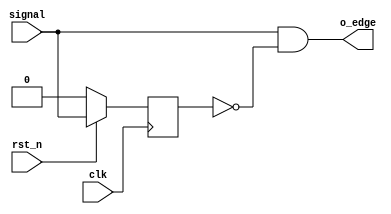
////////////////////////////////////////////////////////////////////////////////
//
// FPGAVN.COM
//
// Description  : This macro is used for detect the rising edge or falling edge 
// of a signal.
//
// History (Date, Changed By)
//
////////////////////////////////////////////////////////////////////////////////

module edge_detect
    (
     clk,
     rst_n,
     signal,
     o_edge
     );

////////////////////////////////////////////////////////////////////////////////
// Parameter declarations
parameter G_EDGE_TYPE = "RISING";   // RISING, FALLING

////////////////////////////////////////////////////////////////////////////////
// Port declarations
input     clk;
input     rst_n;
input     signal;
output    o_edge;

////////////////////////////////////////////////////////////////////////////////
// Local logic and instantiation
reg       signal1;
always @(posedge clk)
    begin
    if (!rst_n) signal1 <= 1'b0;
    else        signal1 <= signal;
    end

generate
if (G_EDGE_TYPE == "RISING")
    begin
    assign o_edge = (signal & !signal1);
    end
else // (G_EDGE_TYPE == "FALLING")
    begin
    assign o_edge = (!signal & signal1);
    end
endgenerate

endmodule